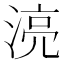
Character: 湸